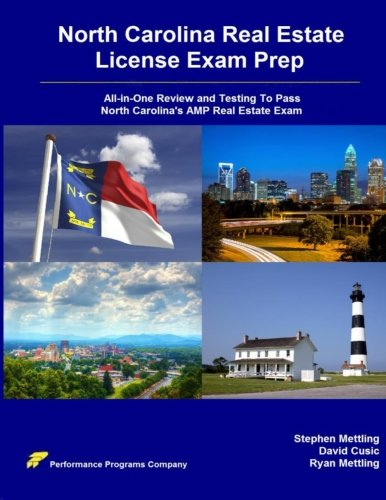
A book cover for North Carolina Real Estate License Exam Prep: All-in-One Review and Testing To Pass North Carolina's AMP Real Estate Exam; Stephen Mettling; Business & Money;